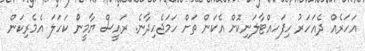
އަހަރެއް ދެއަހަރު ހިފަހއްޓާލަނިކޮށް އެކަން ތަށް ހަމަޖެހިދާނެ. ރައީސް ޔާމީނުް ކަހަލަ އެމެރިކަން